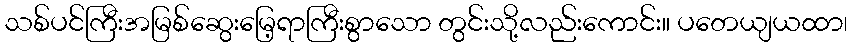
သစ်ပင်ကြီးအမြစ်ဆွေးမြေ့ရာကြီးစွာသော တွင်းသို့လည်းကောင်း။ ပတေယျယထာ၊